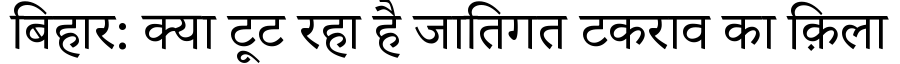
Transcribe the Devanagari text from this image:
बिहार: क्या टूट रहा है जातिगत टकराव का क़िला